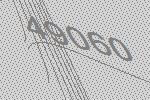
49060